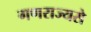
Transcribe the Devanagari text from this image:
गणराज्यसे